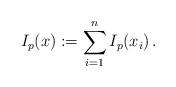
LaTeX: \begin{align*}I_p(x) := \sum_{i=1}^n I_p(x_i)\, .\end{align*}